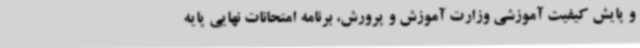
و پایش کیفیت آموزشی وزارت آموزش و پرورش، برنامه امتحانات نهایی پایه